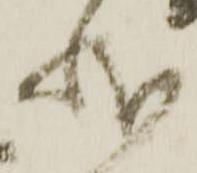
状